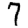
Digit: 7